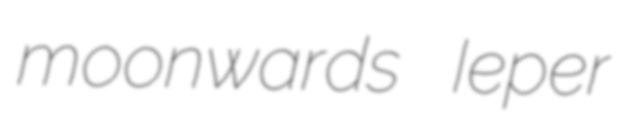
moonwards Ieper